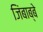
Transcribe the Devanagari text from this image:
जिंबाब्बे